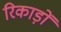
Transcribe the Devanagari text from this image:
रिकाड़ों